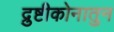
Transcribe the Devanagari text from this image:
द्रुष्टीकोनातुन